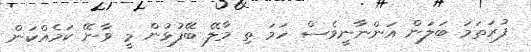
ފުރަތަމަ ބަލަން އަންނާނީވެސް ހަަމަ ތި މާލޭ ބޭފުޅުން މީ ވާނޭ ކަމެއްކަން